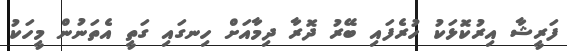
ފަރީޝާ އިރުކޮޅަކު ހުރެފައި ބޭރު ދޮރާ ދިމާއަށް ހިނގައި ގަތީ އެތަނުން މީހަކު